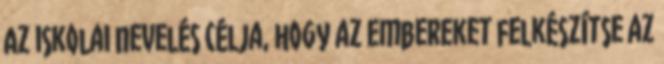
Az iskolai nevelés célja, hogy az embereket felkészítse az